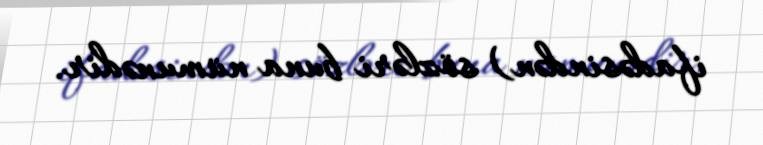
ifadəsindən) sözləri buna nümunədir.